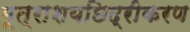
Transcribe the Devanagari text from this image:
मूत्राशयछिद्रीकरण